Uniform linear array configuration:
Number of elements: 24
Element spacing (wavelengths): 0.25
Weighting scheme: hamming
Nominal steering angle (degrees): -15
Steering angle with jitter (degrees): -13.139
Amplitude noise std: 0.05
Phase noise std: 0.05

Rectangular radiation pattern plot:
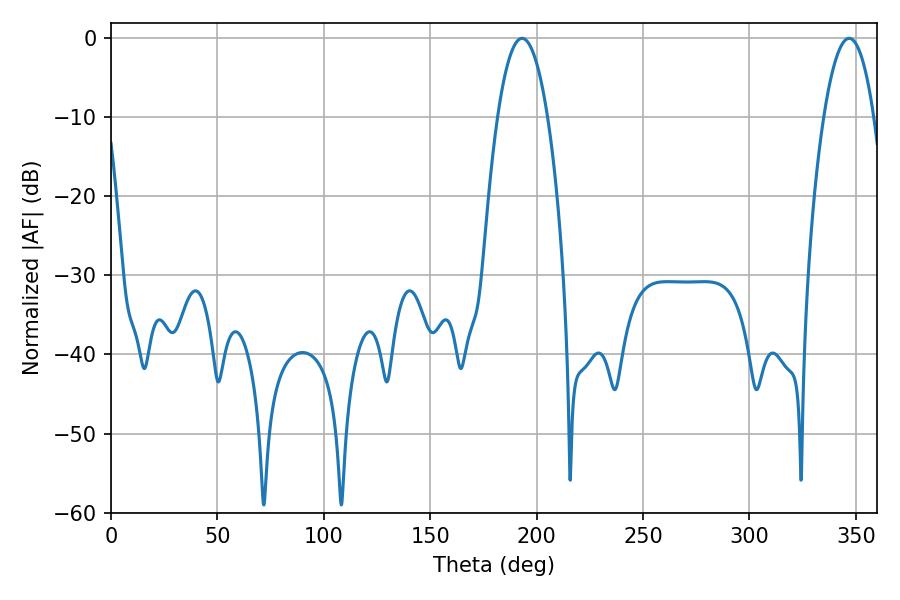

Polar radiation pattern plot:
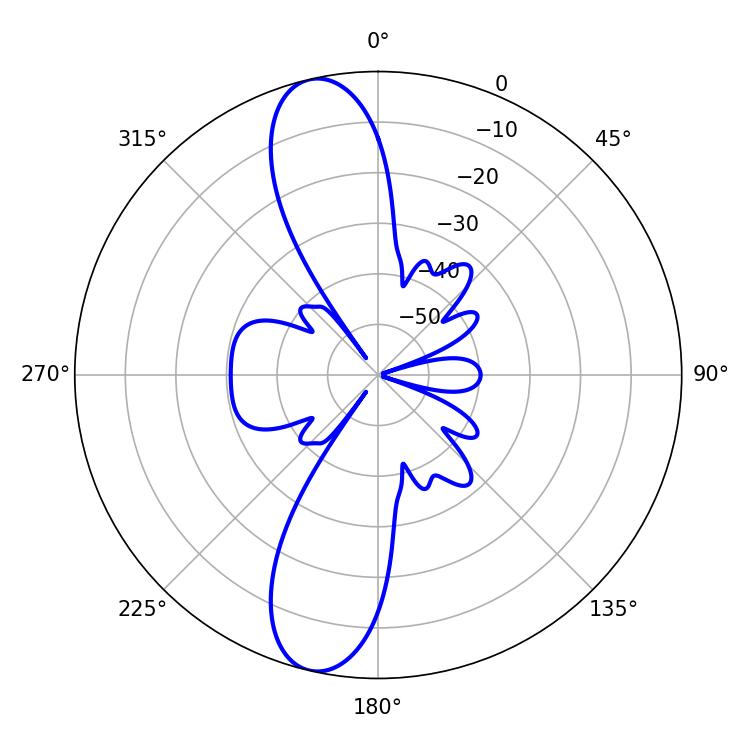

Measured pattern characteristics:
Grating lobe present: FALSE
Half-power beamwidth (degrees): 13.14
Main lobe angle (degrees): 193.14